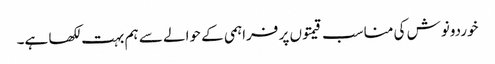
خوردونوش کی مناسب قیمتوں پر فراہمی کے حوالے سے ہم بہت لکھا ہے۔